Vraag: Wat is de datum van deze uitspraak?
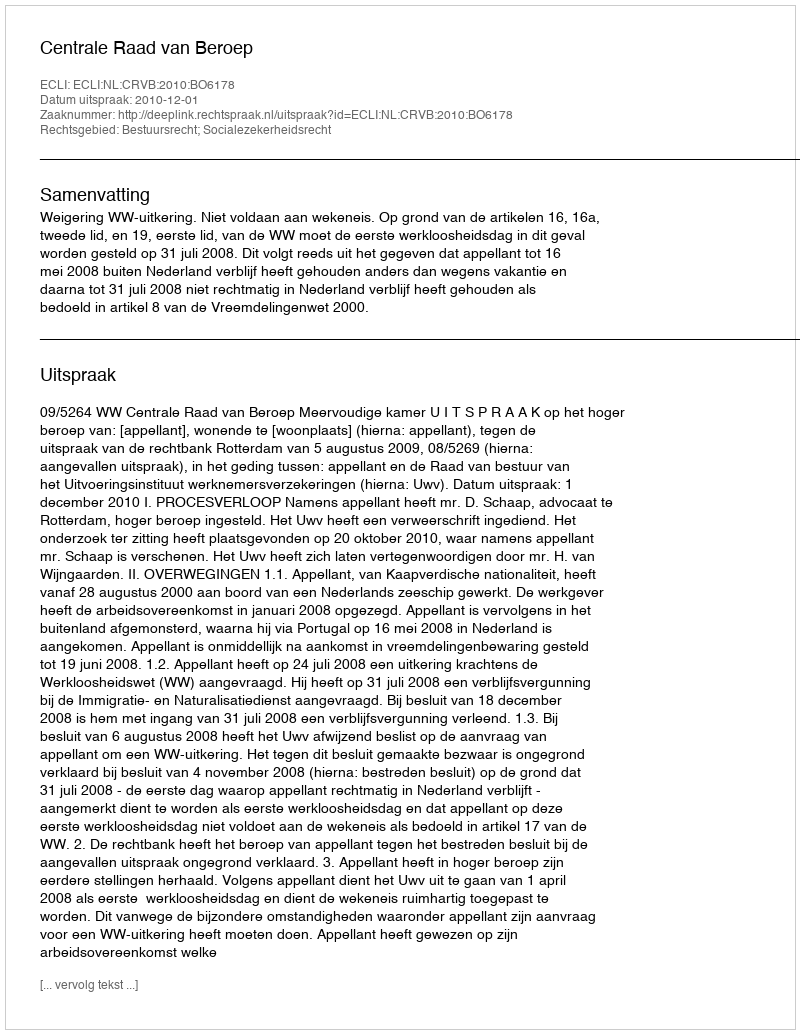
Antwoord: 2010-12-01